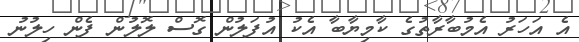
އެ އަހަރު އެމުބާރާތުގެ ކާމިޔާބާ އެކު އުފަލުން ގޮސް ލޮލުން ފެން ހިލުނު